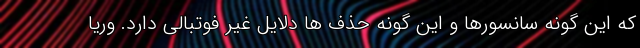
که این گونه سانسورها و این گونه حذف ها دلایل غیر فوتبالی دارد. وریا